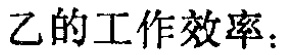
乙的工作效率：